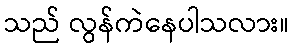
သည် လွန်ကဲနေပါသလား။